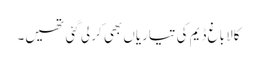
کالا باغ ڈیم کی تیاریاں بھی کر لی گئی تھیں۔